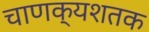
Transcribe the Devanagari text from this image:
चाणक्यशतक